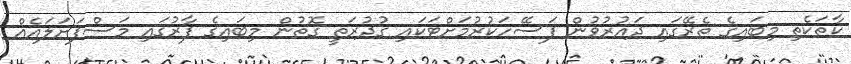
ކާތަކެތި މިބައިގެ ތެރޭގައި ދައުރުވުން ފަސޭހަކުރުމަށްޓަކައި ގުދުރަތީ ގޮތުން މިބައިގެ ފާރުގައި މަސްފަށަލައެއް